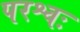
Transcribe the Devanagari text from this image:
परश्वः